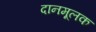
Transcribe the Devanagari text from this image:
दानमूलक